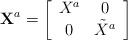
LaTeX: \begin{align*}{\bf X}^a = \left[\begin{array}{cc}{X}^a & 0\\0 & \tilde{X}^a\end{array}\right]\end{align*}